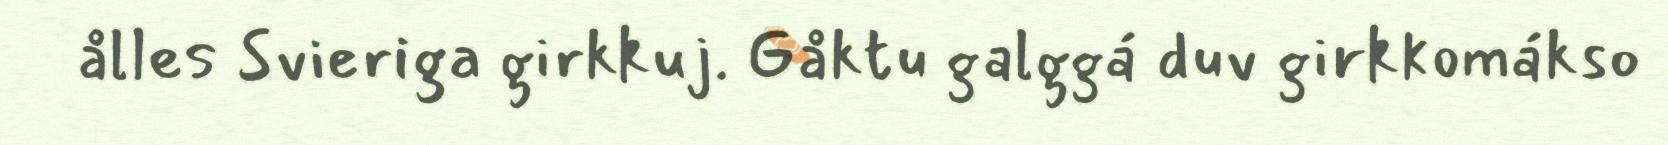
ålles Svieriga girkkuj. Gåktu galggá duv girkkomákso